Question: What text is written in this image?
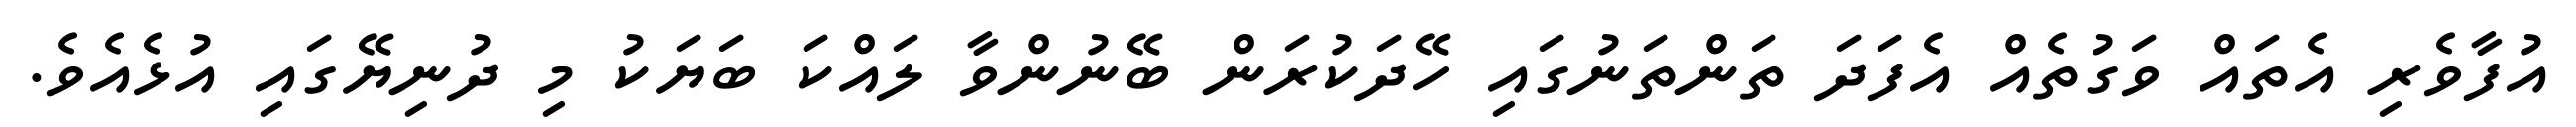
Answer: އުފާވެރި އެތައް ވަގުތެއް އެފަދަ ތަންތަނުގައި ހޭދަކުރަން ބޭނުންވާ ލައްކަ ބަޔަކު މި ދުނިޔޭގައި އުޅެއެވެ.